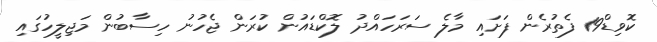
ކޮވިޑް19 ފެތުރެން ފަށައި މާލެ ސަރަހައްދު ލޮކްޑައުން ކުރަން ޖެހުނު ހިސާބުން މަޖިލީހުގައިި